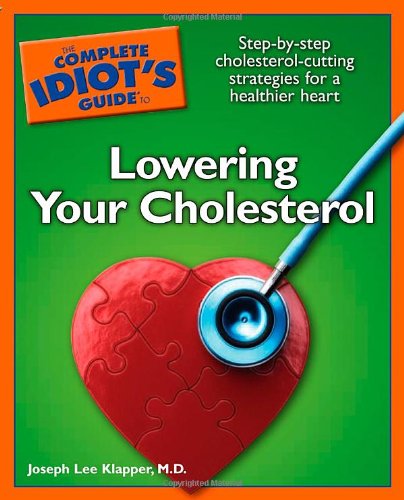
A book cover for The Complete Idiot's Guide to Lowering your Cholesterol; Dr. Joseph Lee Klapper; Cookbooks, Food & Wine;